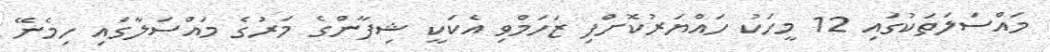
މައްސަލަތަކުގައި 12 މީހަކު ހައްޔަރުކޮށްފި ޒަހަމްވި އެކަކީ ޝިފާންގެ މަރުގެ މައްސަލާގައި ހިމެނޭ